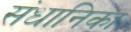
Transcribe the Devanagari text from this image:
संधानिका